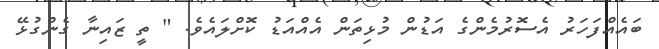
ބައެއްފަހަރު އެސޮރުމެންގެ އަޑުން މުޅިތަން އެއްއަޑު ކޮށްލައެވެ. " ތީ ޒައިނާ ގެންގުޅޭ